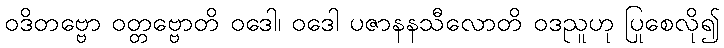
ဝဒိတဗ္ဗော ဝတ္တဗ္ဗောတိ ဝဒေါ၊ ဝဒေါ ပဇာနနသီလောတိ ဝဒညူဟု ပြုစေလို၍